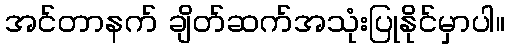
အင်တာနက် ချိတ်ဆက်အသုံးပြုနိုင်မှာပါ။